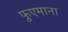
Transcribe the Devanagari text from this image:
फुएमाना